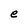
Character: e